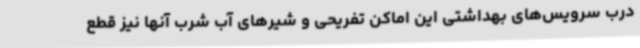
درب سرویس‌های بهداشتی این اماکن تفریحی و شیرهای آب شرب آنها نیز قطع